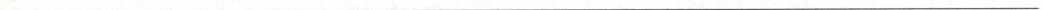
___